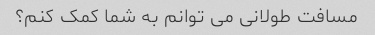
مسافت طولانی می توانم به شما کمک کنم؟